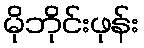
မိုဘိုင်းဖုန်း